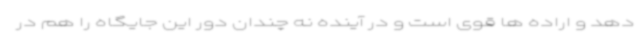
دهد و اراده ها قوی است و در آینده نه چندان دور این جایگاه را هم در